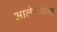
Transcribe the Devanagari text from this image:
आलेखांच्या